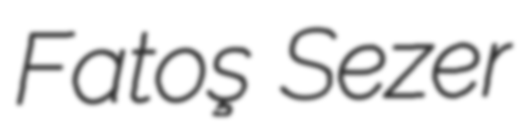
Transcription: Fatoş Sezer